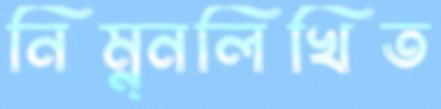
নিম্ন্নলিখিত